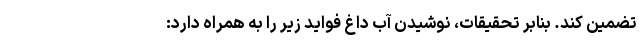
تضمین کند. بنابر تحقیقات، نوشیدن آب داغ فواید زیر را به همراه دارد: